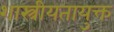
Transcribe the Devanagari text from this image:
शास्त्रीयतायुक्त